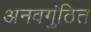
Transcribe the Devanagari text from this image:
अनवगुंठित